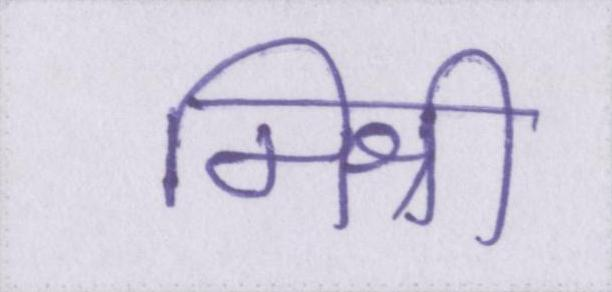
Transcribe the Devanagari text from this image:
मिश्री